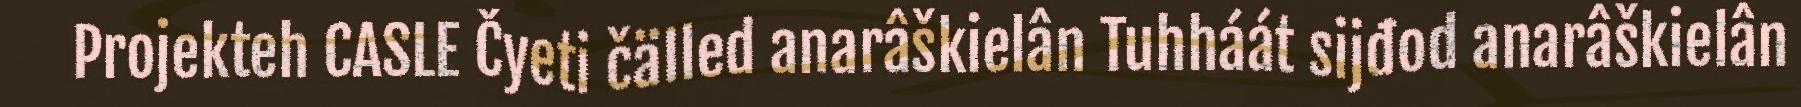
Projekteh CASLE Čyeti čälled anarâškielân Tuhháát sijđod anarâškielân